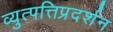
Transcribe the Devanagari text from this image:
व्युत्पत्तिप्रदर्शन